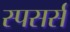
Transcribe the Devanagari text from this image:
स्पसर्स